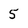
Character: 5